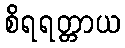
စိရရတ္တာယ